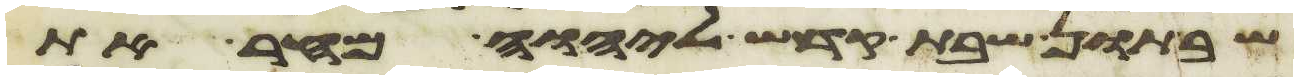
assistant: שבתון שבת קדש ליהוה מחר את